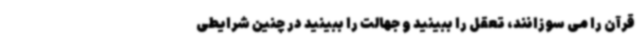
قرآن را می سوزانند، تعقل را ببینید و جهالت را ببینید در چنین شرایطی